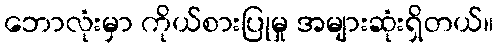
ဘောလုံးမှာ ကိုယ်စားပြုမှု အများဆုံးရှိတယ်။